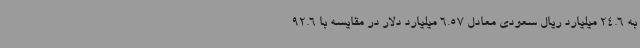
به 24.6 میلیارد ریال سعودی معادل 6.57 میلیارد دلار در مقایسه با 92.6